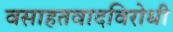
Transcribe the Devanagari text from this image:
वसाहतवादविरोधी